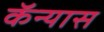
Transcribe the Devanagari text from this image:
कॅन्यास